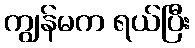
ကျွန်မက ရယ်ပြီး